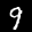
Label: 9